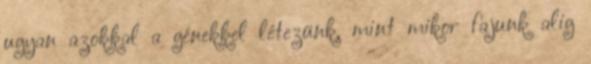
ugyan azokkal a génekkel létezünk, mint mikor fajunk alig